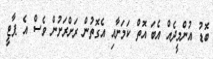
ބޮޑު އުންމީދެއް އެބަ އޮތް ކަމަށާއި އެގޮތުން ރަށްރަށުން ވެސް އެ ޕާޓީ